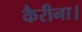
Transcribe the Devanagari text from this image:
कैरीना।